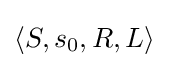
\langle S,s_{0},R,L\rangle